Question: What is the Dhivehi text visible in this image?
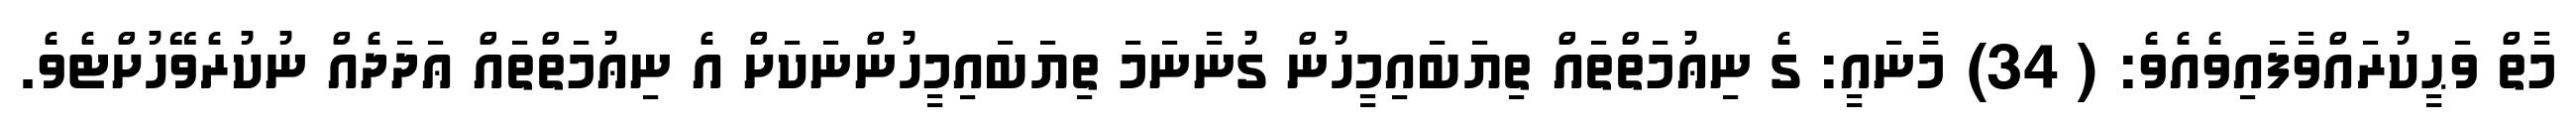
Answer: މާތް ވަޙީކުރައްވާފައިވެއެވެ: ( 34) މާނައީ: ގެ ނިޢުމަތްތައް ތިޔަބައިމީހުން ގުނާނަމަ ތިޔަބައިމީހުންނަކަށް އެ ނިޢުމަތްތައް ޢަދަދެއް ނުކުރެވޭހުށްޓެވެ.